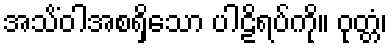
အသိံဝါအစရှိသော ပါဠိရပ်ကို။ ဝုတ္တံ၊